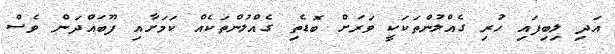
އަދި ލިބިފައި ހުރި ގެއްލުންތަކަކީ ވަރަށް ބޮޑެތި ގެއްލުންތަކެއް ކަމަށާއި ފޫބައްދަން ވެސް